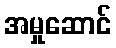
အမှုဆောင်